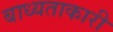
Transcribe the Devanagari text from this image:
बाध्यताकारी